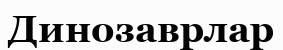
Динозаврлар